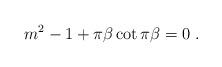
LaTeX: \begin{align*}m^2 - 1 + \pi \beta \cot \pi \beta = 0 \; . \end{align*}